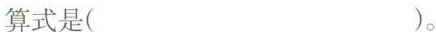
算式是( )。